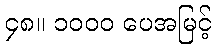
၄၈။ ၁၀၀၀ ပေအမြင့်